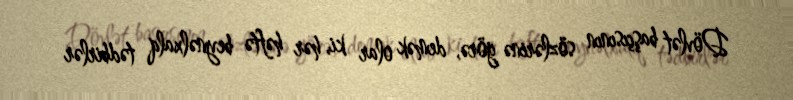
Dövlət başçısının sözlərinə görə, demək olar ki, hər həftə beynəlxalq tədbirlər